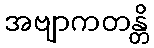
အဗျာကတန္တိ